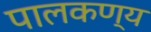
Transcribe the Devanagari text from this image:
पालकण्य